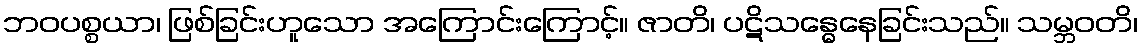
ဘဝပစ္စယာ၊ ဖြစ်ခြင်းဟူသော အကြောင်းကြောင့်။ ဇာတိ၊ ပဋိသန္ဓေနေခြင်းသည်။ သမ္ဘဝတိ၊